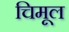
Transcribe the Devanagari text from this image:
चिमूल